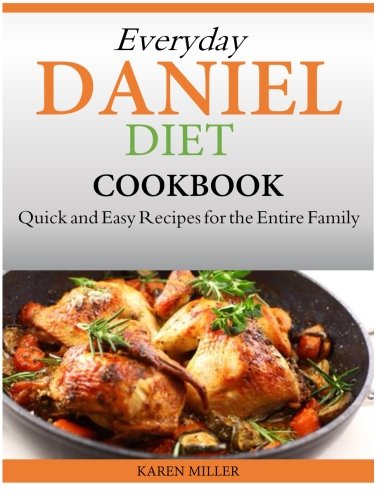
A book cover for Everyday Daniel Diet Cookbook  Quick and Easy Recipes for the Entire Family; Karen Miller; Cookbooks, Food & Wine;